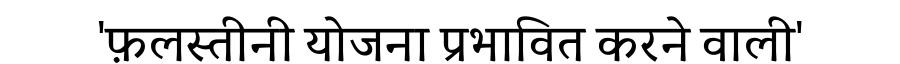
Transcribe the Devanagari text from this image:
'फ़लस्तीनी योजना प्रभावित करने वाली'